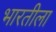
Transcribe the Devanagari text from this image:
भारतीला